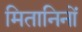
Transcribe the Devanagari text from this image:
मितानिनों